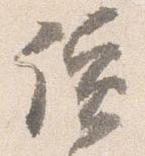
読